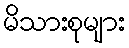
မိသားစုများ